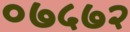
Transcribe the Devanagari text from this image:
०७५७२